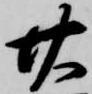
廿